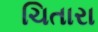
ચિતારા